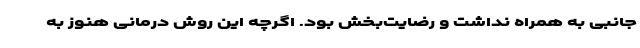
جانبی به همراه نداشت و رضایت‌بخش بود. اگرچه این روش درمانی هنوز به